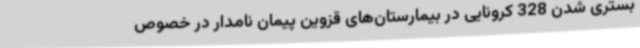
بستری شدن 328 کرونایی در بیمارستان‌های قزوین پیمان نامدار در خصوص